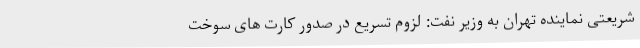
شریعتی نماینده تهران به وزیر نفت: لزوم تسریع در صدور کارت های سوخت